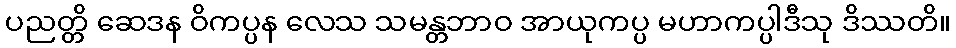
ပညတ္တိ ဆေဒန ဝိကပ္ပန လေသ သမန္တဘာဝ အာယုကပ္ပ မဟာကပ္ပါဒီသု ဒိဿတိ။